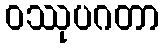
ဝဿုပဂတာ